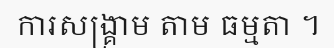
ការសង្គ្រាម តាម ធម្មតា ។